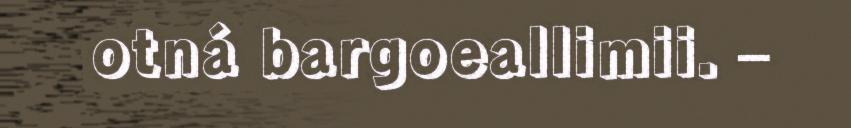
otná bargoeallimii. –